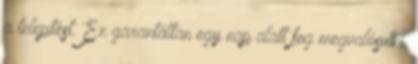
a telepítést. Ez garantáltan egy nap alatt fog megvalósulni.